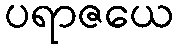
ပရာဇယေ